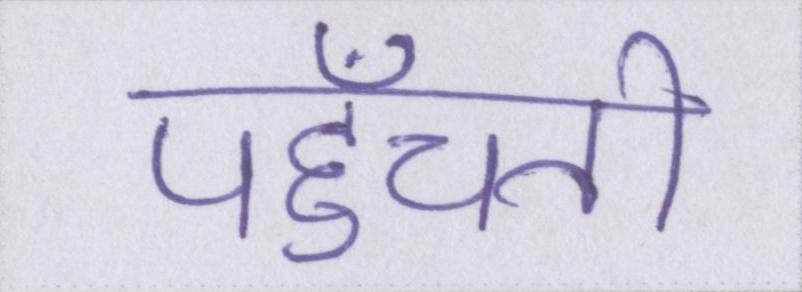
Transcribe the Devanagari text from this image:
पहुँचती